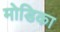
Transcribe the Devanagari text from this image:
मोडिका